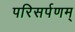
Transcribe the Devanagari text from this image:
परिसर्पणम्